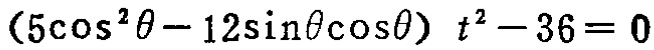
\((5\cos^{2}\theta - 12\sin\theta\cos\theta)t^{2}-36 = 0\)